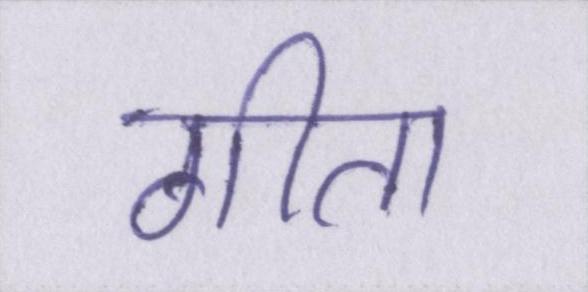
गीता